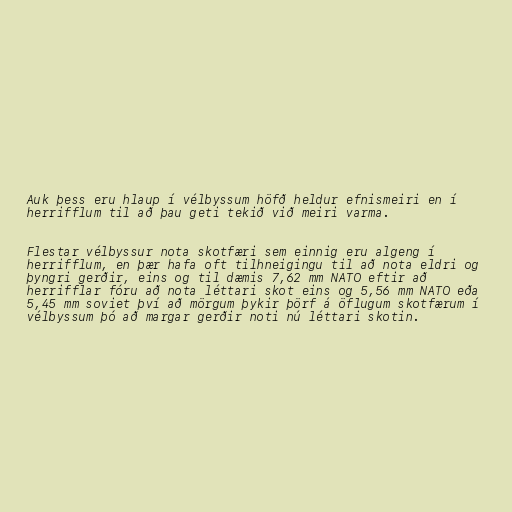
Auk þess eru hlaup í vélbyssum höfð heldur efnismeiri en í
herrifflum til að þau geti tekið við meiri varma.

Flestar vélbyssur nota skotfæri sem einnig eru algeng í
herrifflum, en þær hafa oft tilhneigingu til að nota eldri og
þyngri gerðir, eins og til dæmis 7,62 mm NATO eftir að
herrifflar fóru að nota léttari skot eins og 5,56 mm NATO eða
5,45 mm soviet því að mörgum þykir þörf á öflugum skotfærum í
vélbyssum þó að margar gerðir noti nú léttari skotin.